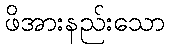
ဖိအားနည်းသော